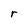
Character: r